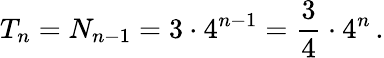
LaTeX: T_{n}=N_{n-1}=3\cdot 4^{n-1}={\frac{3}{4}}\cdot 4^{n}\, .